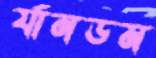
র‍্যানডম